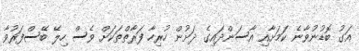
އަގު ބޮޑުނުވާނެ ކަމަށާއި އާސަންދައިގެ ދަށުން ހުރިހާ ފަރާތްތަކަށް ވެސް ހިލޭ ބޭސްފަރުވާ